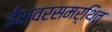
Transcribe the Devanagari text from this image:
ईश्वरसमर्थित